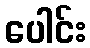
ပေါင်း